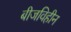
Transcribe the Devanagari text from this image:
बीजविहीन